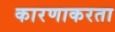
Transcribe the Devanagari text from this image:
कारणाकरता